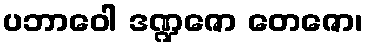
ပဘာဝေါ ဒဏ္ဍဇော တေဇော၊